Civil Veterinary Department Bihar reports 1936-40 - 1936-1940
Year: 1936
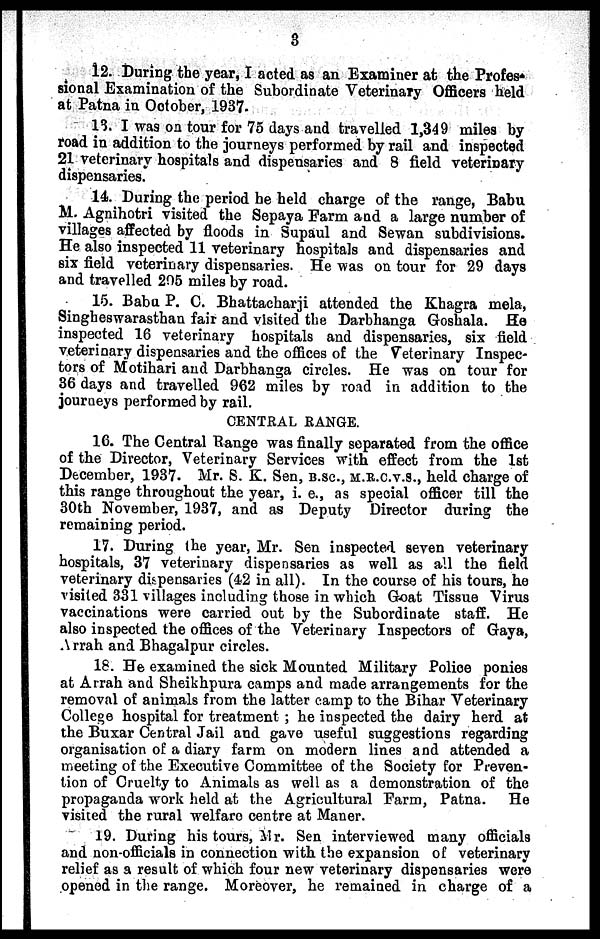
3
12. During the year, I acted as an Examiner at the Profes-
sional Examination of the Subordinate Veterinary Officers held
at Patna in October, 1937.
13. I was on tour for 75 days and travelled 1,349 miles by
road in addition to the journeys performed by rail and inspected
21 veterinary hospitals and dispensaries and 8 field veterinary
dispensaries.
14. During the period he held charge of the range, Babu
M. Agnihotri visited the Sepaya Farm and a large number of
villages affected by floods in Supaul and Sewan subdivisions.
He also inspected 11 veterinary hospitals and dispensaries and
six field veterinary dispensaries. He was on tour for 29 days
and travelled 205 miles by road.
15. Babu P. 0. Bhattacharji attended the Khagra mela,
Singheswarasthan fair and visited the Darbhanga Goshala. He
inspected 16 veterinary hospitals and dispensaries, six field
veterinary dispensaries and the offices of the Veterinary Inspec-
tors of Motihari and Darbhanga circles. He was on tour for
36 days and travelled 962 miles by road in addition to the
journeys performed by rail.
CENTRAL RANGE.
16. The Central Range was finally separated from the office
of the Director, Veterinary Services with effect from the 1st
December, 1937. Mr. S. K. Sen, B.SC., M.R.C.V.S., held charge of
this range throughout the year, i. e., as special officer till the
30th November, 1937, and as Deputy Director during the
remaining period.
17. During the year, Mr. Sen inspected seven veterinary
hospitals, 37 veterinary dispensaries as well as all the field
veterinary dispensaries (42 in all). In the course of his tours, he
visited 331 villages including those in which Goat Tissue Virus
vaccinations were carried out by the Subordinate staff. He
also inspected the offices of the Veterinary Inspectors of Gaya,
Arrah and Bhagalpur circles.
18. He examined the sick Mounted Military Police ponies
at Arrah and Sheikhpura camps and made arrangements for the
removal of animals from the latter camp to the Bihar Veterinary
College hospital for treatment; he inspected the dairy herd at
the Buxar Central Jail and gave useful suggestions regarding
organisation of a diary farm on modern lines and attended a
meeting of the Executive Committee of the Society for Preven-
tion of Cruelty to Animals as well as a demonstration of the
propaganda work held at the Agricultural Farm, Patna. He
visited the rural welfare centre at Maner.
19. During his tours, Mr. Sen interviewed many officials
and non-officials in connection with the expansion of veterinary
relief as a result of which four new veterinary dispensaries were
opened in the range. Moreover, he remained in charge of a